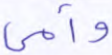
وأمي